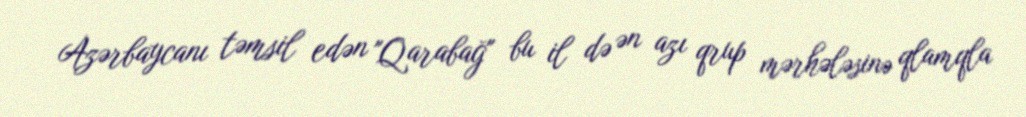
Azərbaycanı təmsil edən "Qarabağ" bu il də ən azı qrup mərhələsinə qlamqla